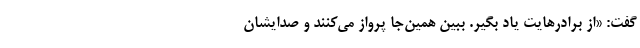
گفت: «از برادرهایت یاد بگیر. ببین همین‌جا پرواز می‌کنند و صدایشان